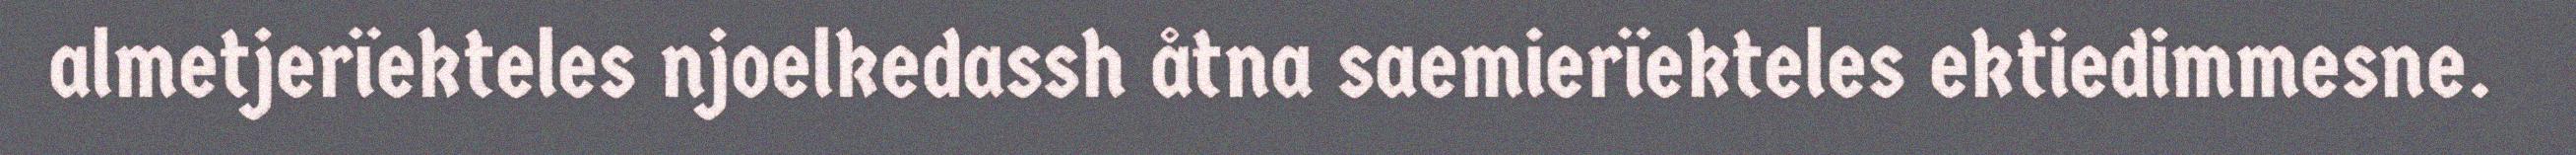
almetjerïekteles njoelkedassh åtna saemierïekteles ektiedimmesne.